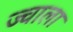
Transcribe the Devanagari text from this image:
ज्‍वाला